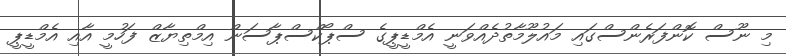
މި ނޫސް ކޮންފަރެންސްގައި މައުލޫމާތުދެއްވަނީ އެމްޑީޕީގެ ސްޕޯކްސްޕާސަން އިމްތިޔާޒް ފަހުމީ އާއި އެމްޑީޕީ